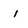
Character: i